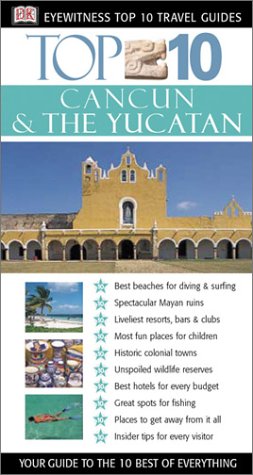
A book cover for Cancun & The Yucatan (Eyewitness Top 10 Travel Guides); Nick Rider; Travel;